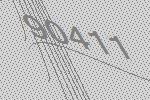
90411